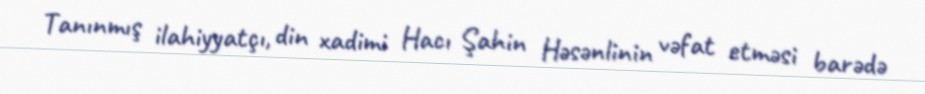
Tanınmış ilahiyyatçı, din xadimi Hacı Şahin Həsənlinin vəfat etməsi barədə